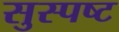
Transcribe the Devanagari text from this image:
सुस्‍पष्‍ट